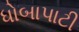
ધોબાપાટી